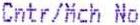
CNTR/MCH NO